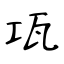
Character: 瓨